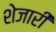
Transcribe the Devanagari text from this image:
शेजारीं